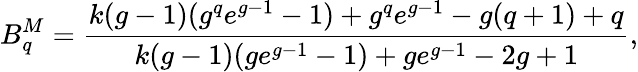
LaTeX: B_{q}^{M}=\frac{k(g-1)(g^{q}e^{g-1}-1)+g^{q}e^{g-1}-g(q+1)+q}{k(g-1)(ge^{g-1}-1)+ge^{g-1}-2g+1},